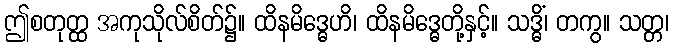
ဤစတုတ္ထ အကုသိုလ်စိတ်၌။ ထိနမိဒ္ဓေဟိ၊ ထိနမိဒ္ဓေတို့နှင့်။ သဒ္ဓိံ၊ တကွ။ သတ္တ၊